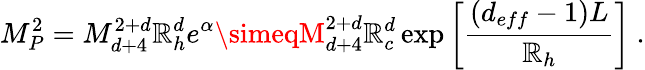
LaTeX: M_{P}^{2}=M_{d+4}^{2+d}\mathbb{R}_{h}^{d}e^{\alpha}\simeqM_{d+4}^{2+d}\mathbb{R}_{c}^{d}\exp\left[\frac{{(d_{eff}-1)L}}{{\mathbb{R}_{h}}}\right]\ .